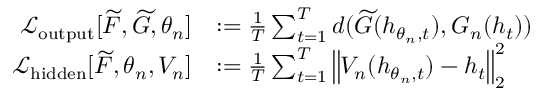
\begin{array} { r l } { \mathcal { L } _ { \mathrm { o u t p u t } } [ \widetilde { F } , \widetilde { G } , \theta _ { n } ] } & { : = \frac { 1 } { T } \sum _ { t = 1 } ^ { T } d ( \widetilde { G } ( h _ { \theta _ { n } , t } ) , G _ { n } ( h _ { t } ) ) } \\ { \mathcal { L } _ { \mathrm { h i d d e n } } [ \widetilde { F } , \theta _ { n } , V _ { n } ] } & { : = \frac { 1 } { T } \sum _ { t = 1 } ^ { T } \left\| V _ { n } ( h _ { \theta _ { n } , t } ) - h _ { t } \right\| _ { 2 } ^ { 2 } } \end{array}